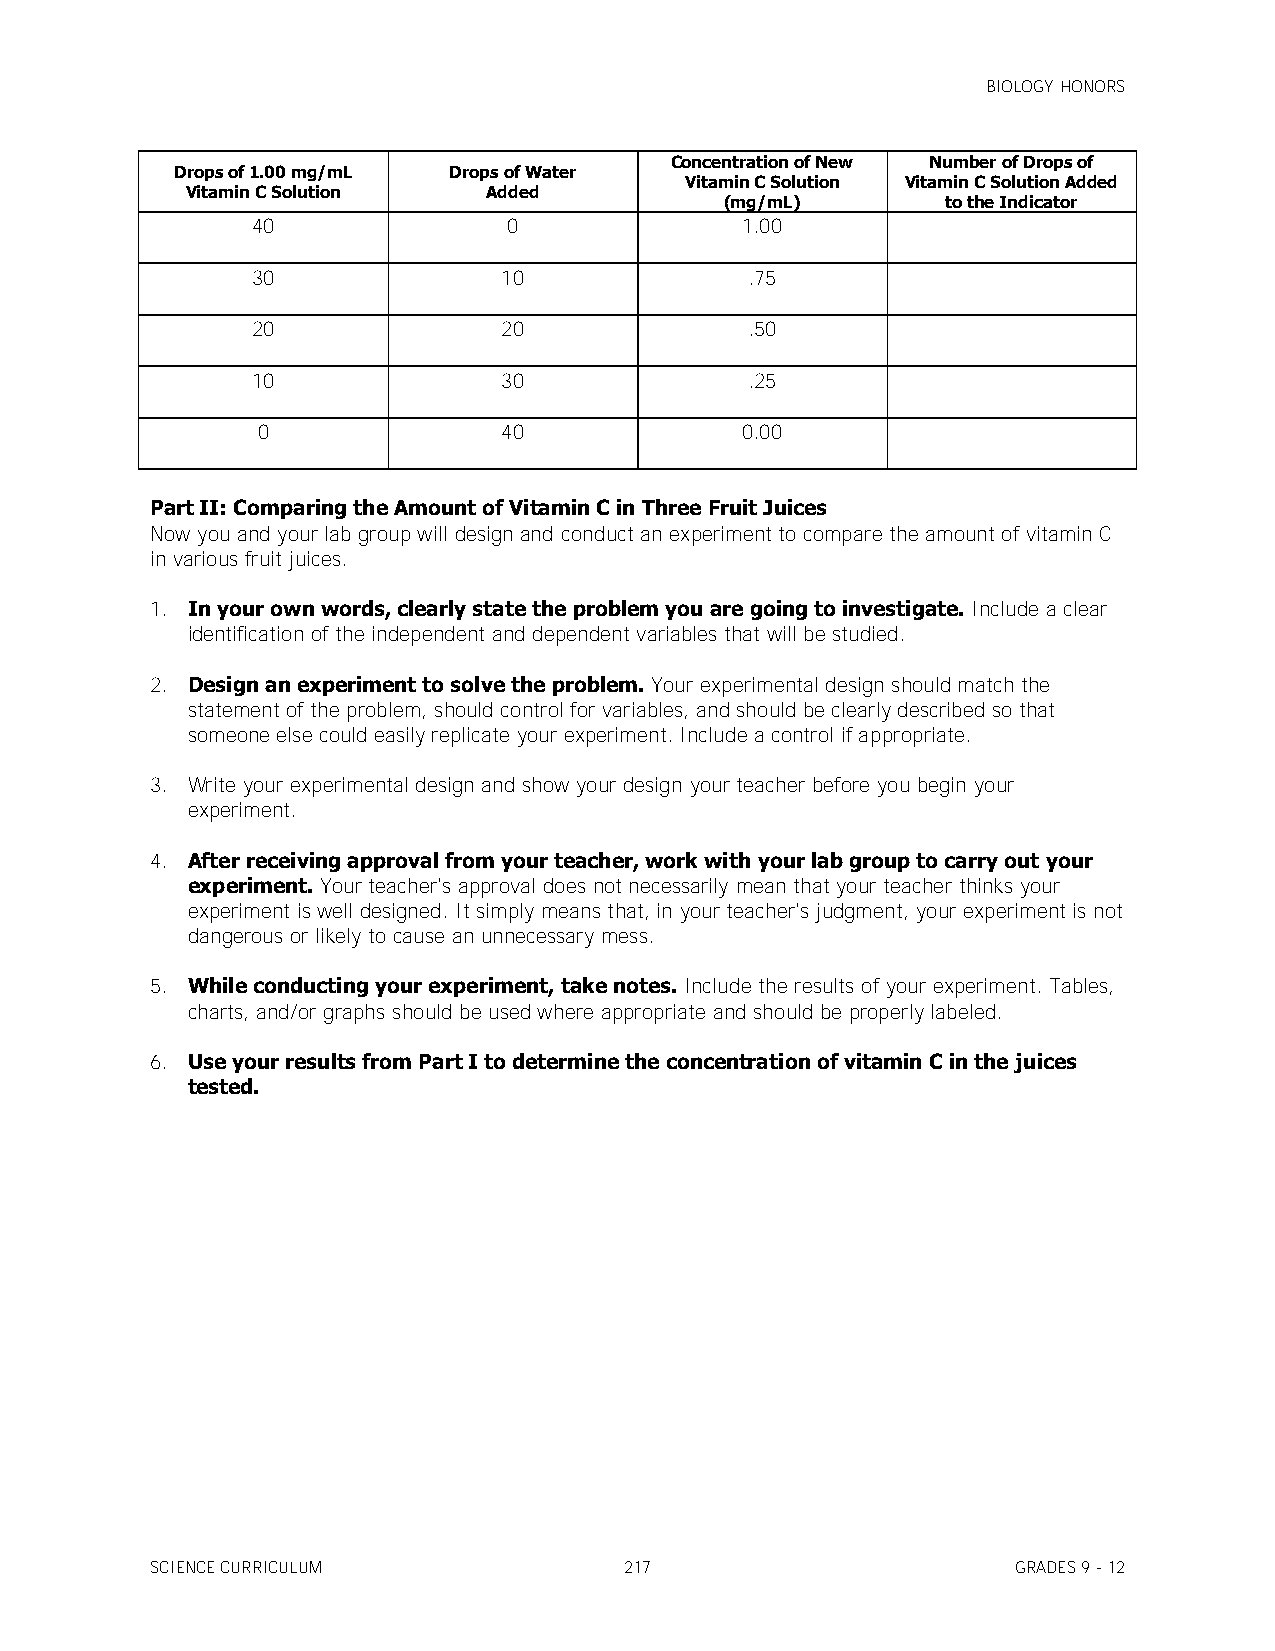
BIOLOGY HONORS
 Concentration of New Number of Drops of
 Drops of 1.00 mg/mL Drops of Water
 Vitamin C Solution Vitamin C Solution Added
 Vitamin C Solution  Added
 (mg/mL)        to the Indicator
 40               0              1.00
 30              10              .75
 20              20              .50
 10              30              .25
 0               40              0.00
 Part II: Comparing the Amount of Vitamin C in Three Fruit Juices
 Now you and your lab group will design and conduct an experiment to compare the amount of vitamin C
 in various fruit juices.
 1. In your own words, clearly state the problem you are going to investigate. Include a clear
 identification of the independent and dependent variables that will be studied.
 2. Design an experiment to solve the problem. Your experimental design should match the
 statement of the problem, should control for variables, and should be clearly described so that
 someone else could easily replicate your experiment. Include a control if appropriate.
 3. Write your experimental design and show your design your teacher before you begin your
 experiment.
 4. After receiving approval from your teacher, work with your lab group to carry out your
 experiment. Your teacher's approval does not necessarily mean that your teacher thinks your
 experiment is well designed. It simply means that, in your teacher's judgment, your experiment is not
 dangerous or likely to cause an unnecessary mess.
 5. While conducting your experiment, take notes. Include the results of your experiment. Tables,
 charts, and/or graphs should be used where appropriate and should be properly labeled.
 6. Use your results from Part I to determine the concentration of vitamin C in the juices
 tested.
 SCIENCE CURRICULUM             217                       GRADES 9 - 12